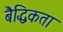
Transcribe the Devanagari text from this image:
बैद्धिकता